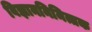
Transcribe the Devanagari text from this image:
विज्ञाननिमित्तक